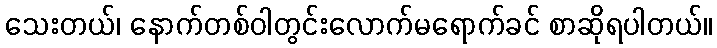
သေးတယ်၊ နောက်တစ်ဝါတွင်းလောက်မရောက်ခင် စာဆိုရပါတယ်။